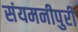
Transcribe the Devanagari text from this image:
संयमनीपुरी